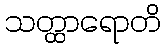
သတ္ထာရောတိ